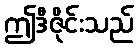
ဤဒီဇိုင်းသည်